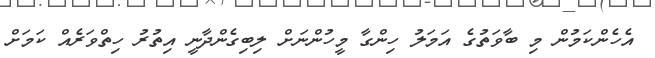
އެހެންކަމުން މި ބާވަތުގެ އަމަލު ހިންގާ މީހުންނަށް ލިބިގެންދާނީ އިތުރު ހިތްވަރެއް ކަމަށް